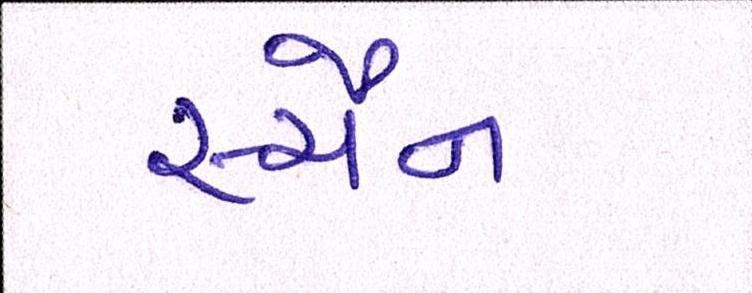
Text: સ્ચૈન